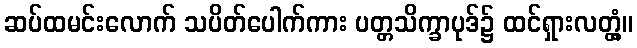
ဆပ်ထမင်းလောက် သပိတ်ပေါက်ကား ပတ္တသိက္ခာပုဒ်၌ ထင်ရှားလတ္တံ့။